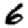
Digit: 6